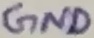
Text: GND